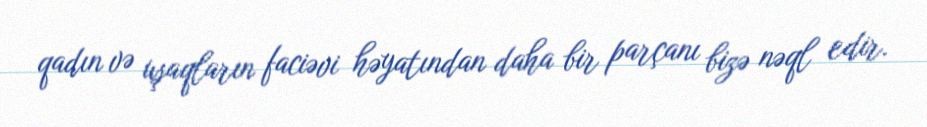
qadın və uşaqların faciəvi həyatından daha bir parçanı bizə nəql edir.